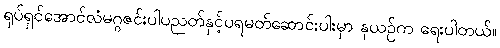
ရုပ်ရှင်အောင်လံမဂ္ဂဇင်းပါပညတ်နှင့်ပရမတ်ဆောင်းပါးမှာ နုယဉ်က ရေးပါတယ်။